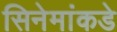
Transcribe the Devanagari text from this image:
सिनेमांकडे